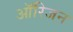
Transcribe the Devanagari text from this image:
आॅरिजन